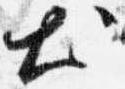
出